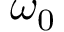
\omega _ { 0 }